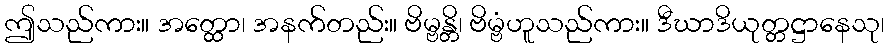
ဤသည်ကား။ အတ္ထော၊ အနက်တည်း။ ဗိမ္ဗန္တိ၊ ဗိမ္ဗံဟူသည်ကား။ ဒီဃာဒိယုတ္တဋ္ဌာနေသု၊